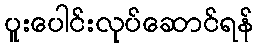
ပူးပေါင်းလုပ်ဆောင်ရန်